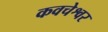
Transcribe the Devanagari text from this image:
कवचेश्वर